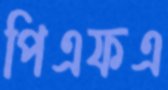
পিএফএ